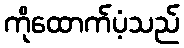
ကိုထောက်ပံ့သည်